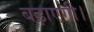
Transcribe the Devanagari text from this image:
बढ़ाएगी।